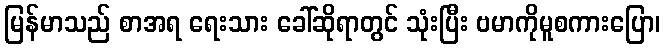
မြန်မာသည် စာအရ ရေးသား ခေါ်ဆိုရာတွင် သုံးပြီး ဗမာကိုမူစကားပြော၊